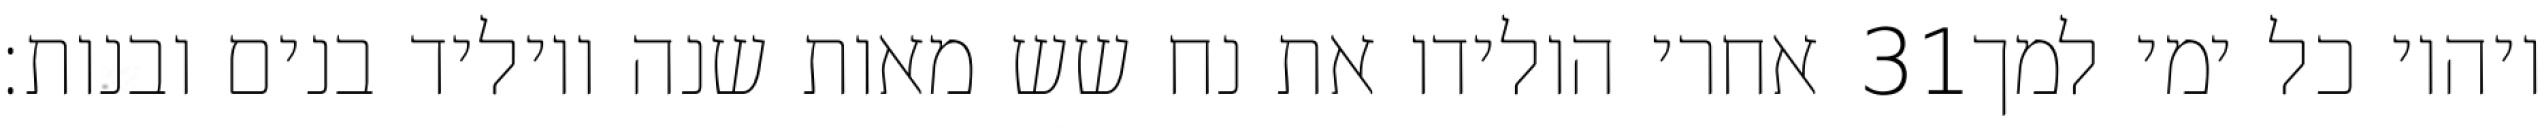
אחרי הולידו את נח שש מאות שנה ויוליד בנים ובנות׃ ‎31‏ ויהיו כל ימי למך